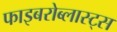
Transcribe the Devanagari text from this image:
फाइबरोब्लास्ट्स